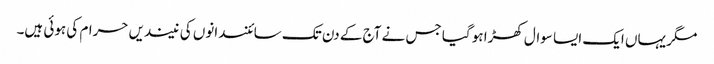
مگر یہاں ایک ایسا سوال کھڑا ہو گیا جس نے آج کے دن تک سائنسدانوں کی نیندیں حرام کی ہوئی ہیں۔